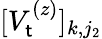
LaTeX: [V_{\mathsf{t}}^{(z)}]_{k,j_{2}}